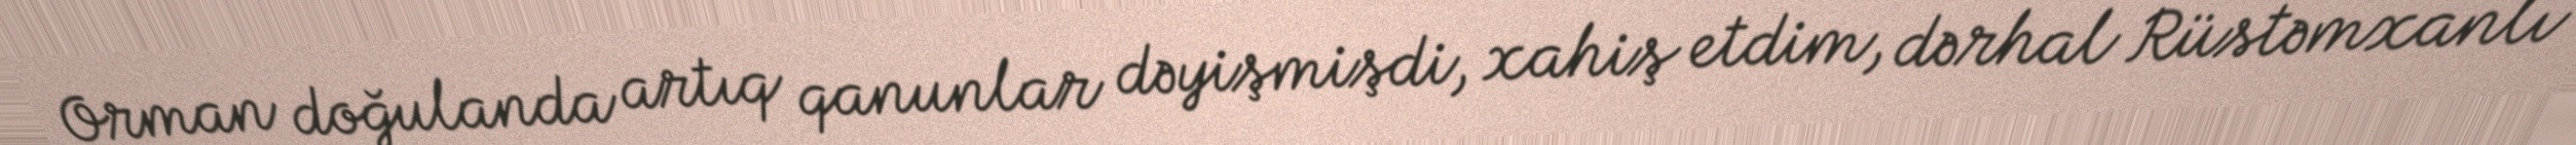
Orman doğulanda artıq qanunlar dəyişmişdi, xahiş etdim, dərhal Rüstəmxanlı